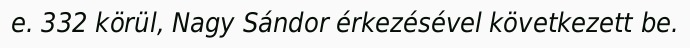
e. 332 körül, Nagy Sándor érkezésével következett be.